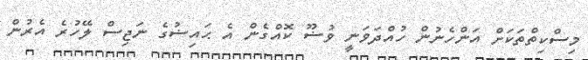
މިސްކިތްތަކަށް އަންހެނުން ހުއްދަވަނީ ވުޟޫ ކޮއްގެން އެ ޙައިޟުގެ ނަޖިސް ލޭހުރެ އެރުން